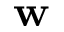
{ \bf w }